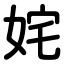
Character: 姹